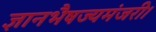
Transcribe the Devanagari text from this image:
ज्ञानभैषज्यमंजरी।